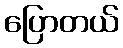
ပြောတယ်